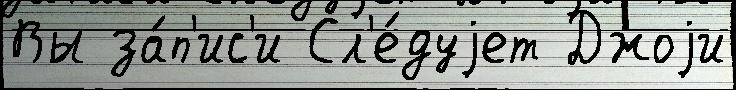
Вы за́п'ис'и Сл'е́дуjет Джоjи